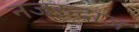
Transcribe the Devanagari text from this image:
नजरन्दाज